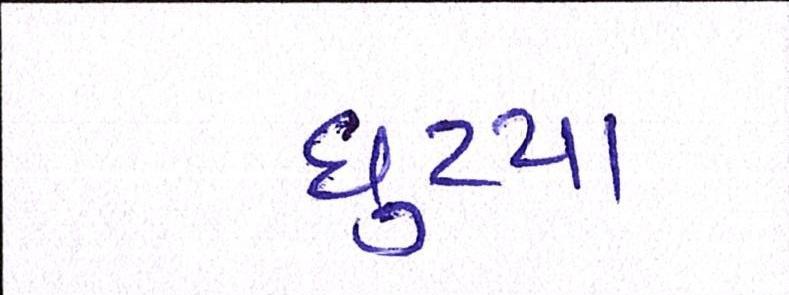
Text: છુટયા